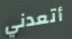
أتعدني